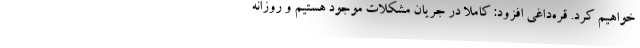
خواهیم کرد. قره‌داغی افزود: کاملا در جریان مشکلات موجود هستیم و روزانه